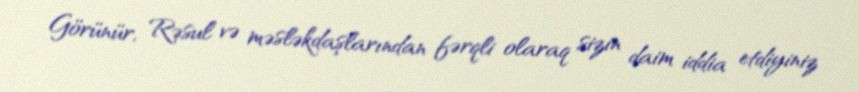
Görünür, Rəsul və məsləkdaşlarından fərqli olaraq sizin daim iddia etdiyiniz